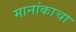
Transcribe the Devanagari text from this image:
मानांकाचा